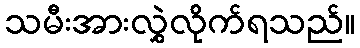
သမီးအားလွှဲလိုက်ရသည်။